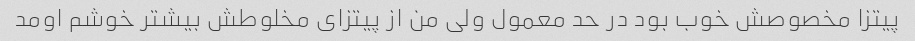
پیتزا مخصوصش خوب بود در حد معمول ولی من از پیتزای مخلوطش بیشتر خوشم اومد